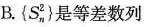
B.\left\{S_{n}^{2}\right\}是等差数列